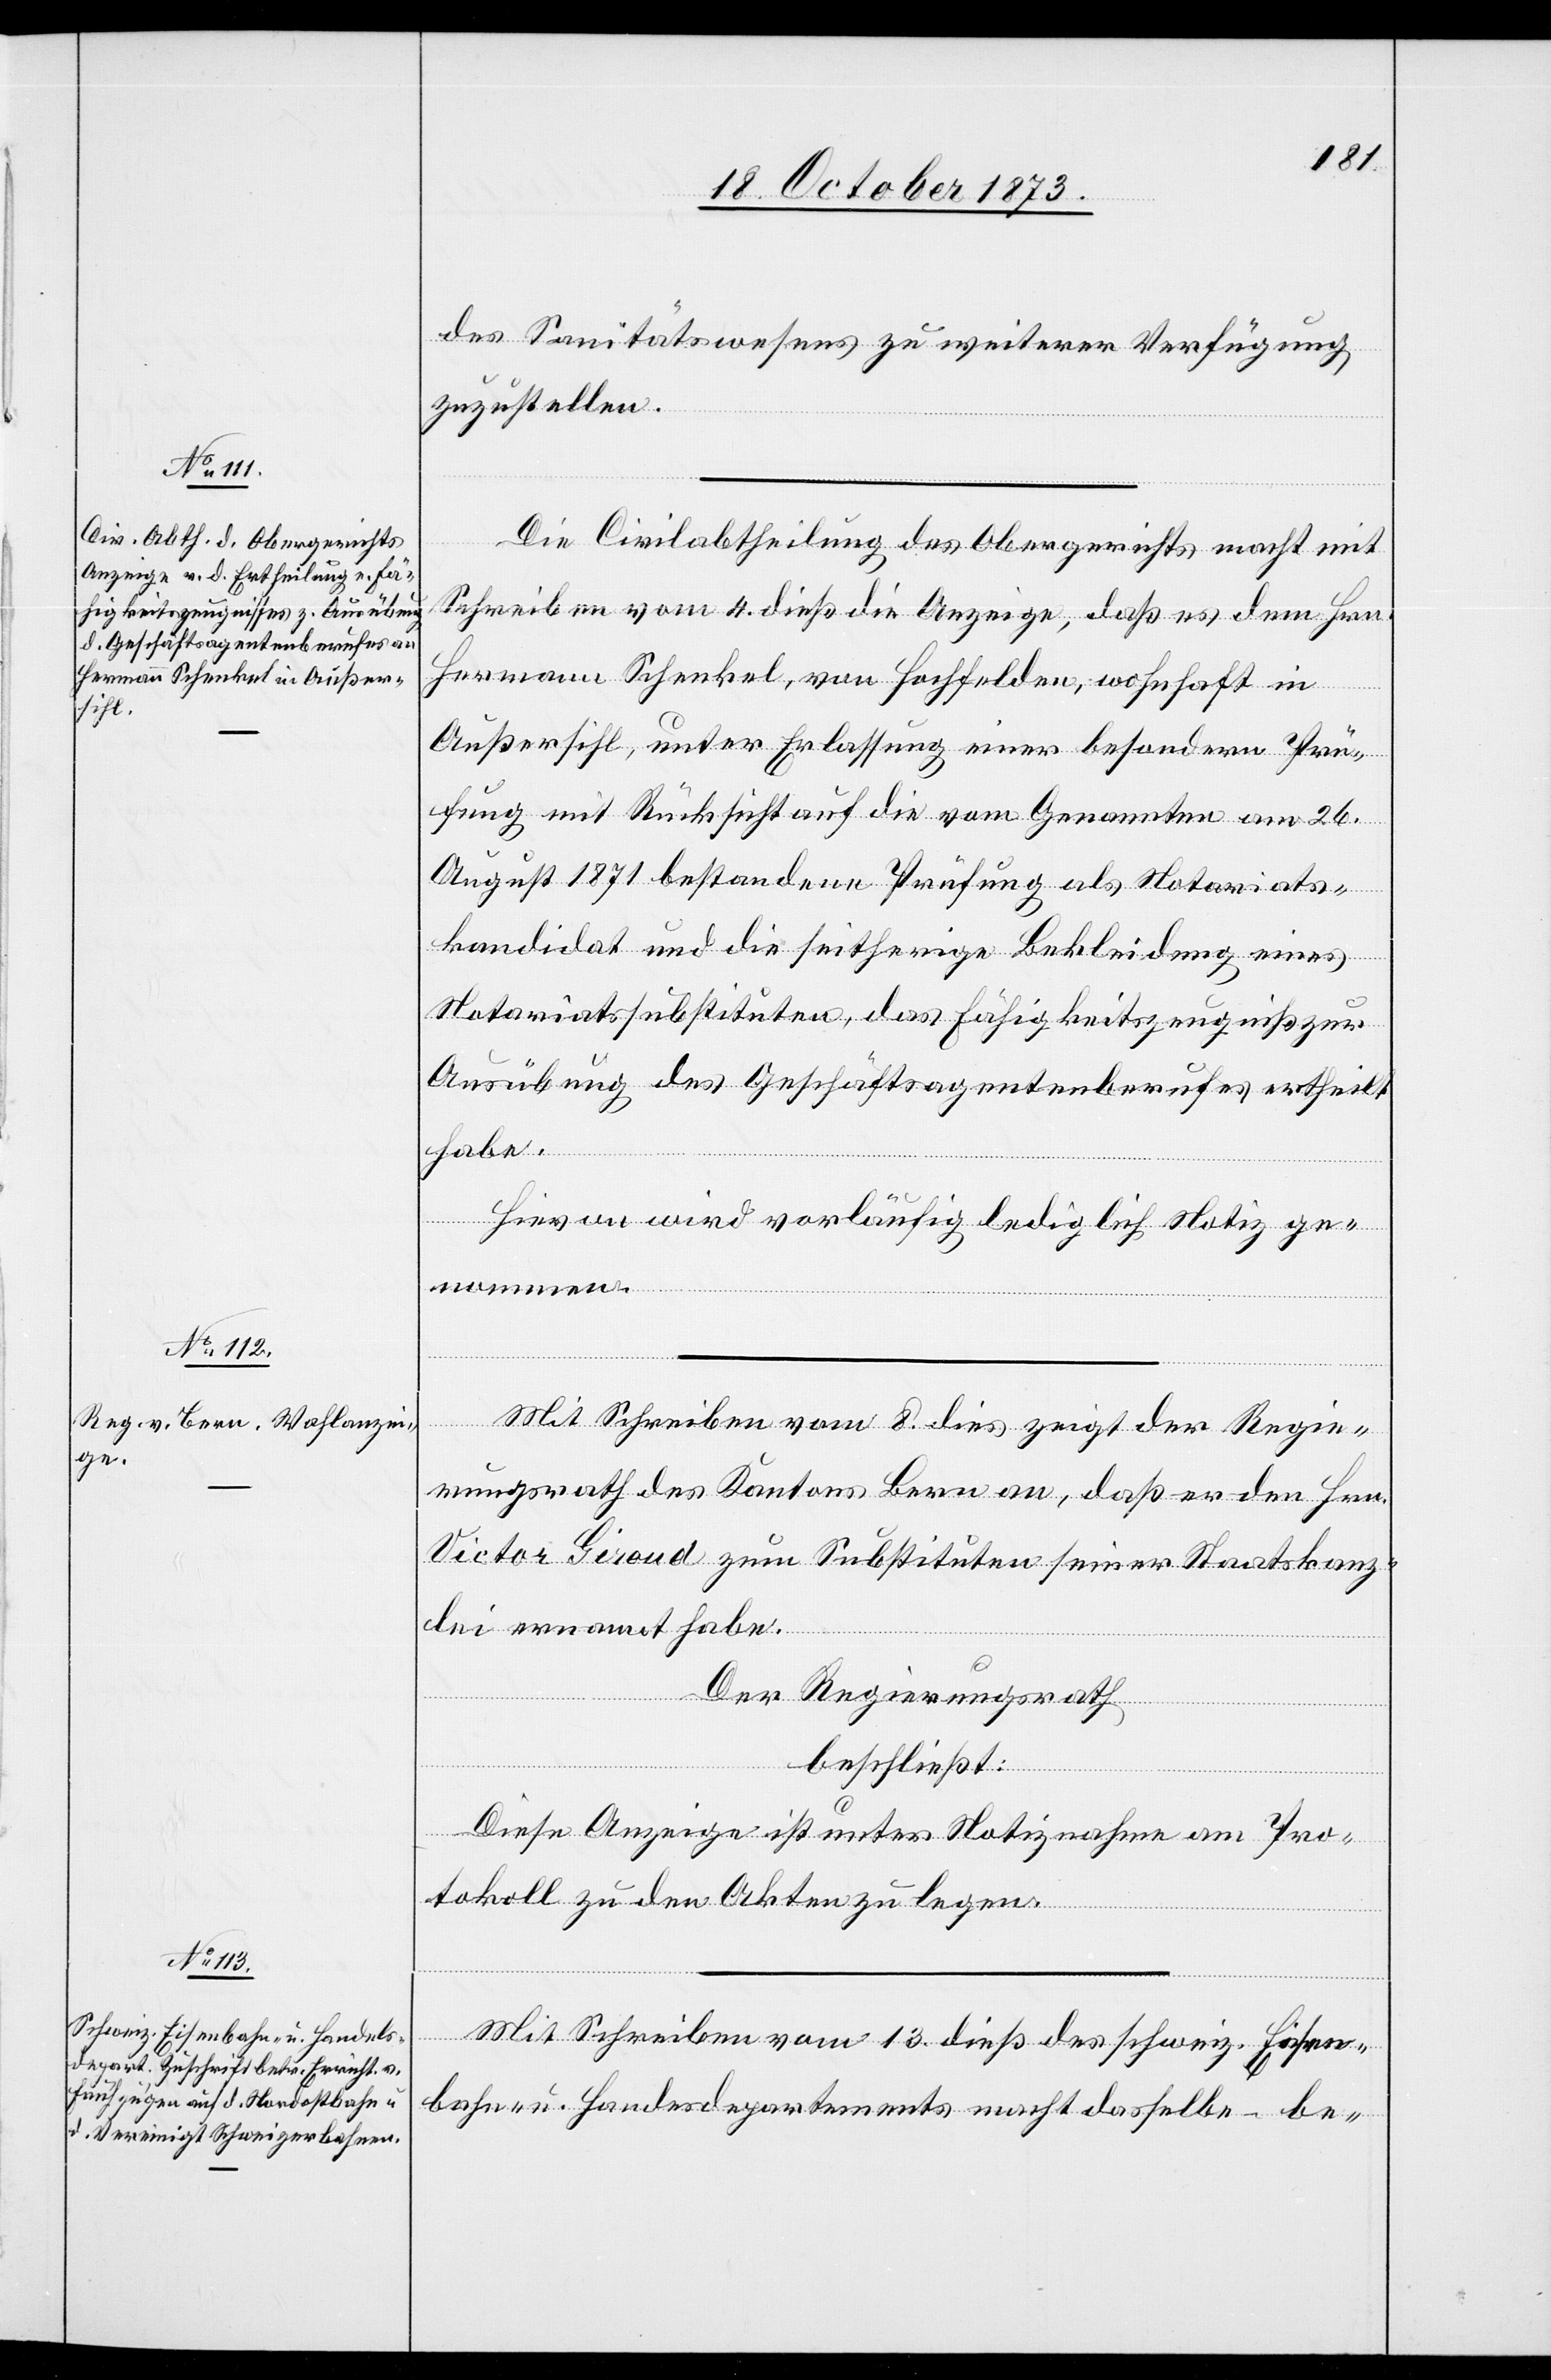
des Sanitätswesens zu weiterer Verfügung
zuzustellen.
Die Civilabtheilung des Obergerichts macht mit
Schreiben vom 4. dieß die Anzeige, daß es dem Hrn.
Hermann Schenkel, von Hochfelden, wohnhaft in
Außersihl, unter Erlassung einer besondern Prü¬
fung mit Rücksicht auf die vom Genannten am 26.
August 1871 bestandene Prüfung als Notariats¬
kandidat und die seitherige Bekleidung eines
Notariatssubstituten, das Fähigkeitszeugniß zur
Ausübung des Geschäftsagentenberufes ertheilt
habe.
Hievon wird vorläufig lediglich Notiz ge¬
nommen.
Mit Schreiben vom 8. dies zeigt der Regie¬
rungsrath des Kantons Bern an, daß er den Hrn.
Victor Giroud zum Substituten seiner Staatskanz¬
lei ernannt habe.
Der Regierungsrath
beschließt:
Diese Anzeige ist unter Notiznahme am Pro¬
tokoll zu den Akten zu legen.
Mit Schreiben vom 13. dieß des schweiz. Eisen¬
bahn- u. Handelsdepartements macht dasselbe – be-